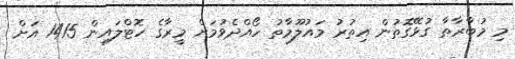
މި މުބާރާތާ ގުޅޭގޮތުން އިތުރު މައުލޫމާތު ހޯއްދެވުމަށް މީރާގެ ހޮޓްލައިން 1415 އަށް